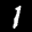
Label: 1